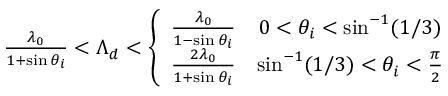
\begin{array} { r } { \frac { \lambda _ { 0 } } { 1 + \sin \theta _ { i } } < \Lambda _ { d } < \left\{ \begin{array} { r c r } { \frac { \lambda _ { 0 } } { 1 - \sin \theta _ { i } } } & { 0 < \theta _ { i } < \sin ^ { - 1 } ( 1 / 3 ) } \\ { \frac { 2 \lambda _ { 0 } } { 1 + \sin \theta _ { i } } } & { \sin ^ { - 1 } ( 1 / 3 ) < \theta _ { i } < \frac { \pi } { 2 } } \end{array} \right. } \end{array}